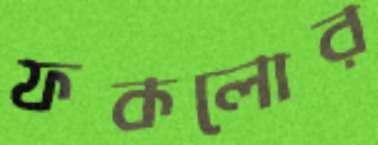
ফকলোর